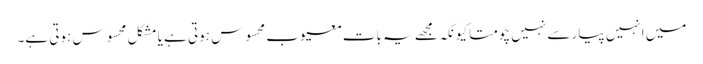
میں انہیں پیار سے نہیں چومتا کیونکہ مجھے یہ بات معیوب محسوس ہوتی ہے یا مشکل محسوس ہوتی ہے۔